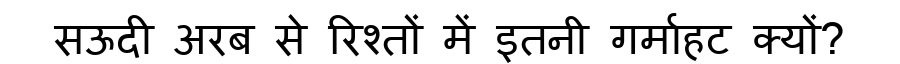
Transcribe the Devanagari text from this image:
सऊदी अरब से रिश्तों में इतनी गर्माहट क्यों?